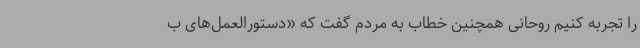
را تجربه کنیم روحانی همچنین خطاب به مردم گفت که «دستورالعمل‌های ب